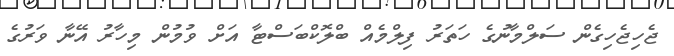
ޖެހިޖެހިގެން ސަލްމާނުގެ ހަތަރު ފިލްމެއް ބްލޮކްބަސްޓާ އަށް ވުމުން މިހާރު އޭނާ ވަރުގެ